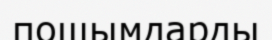
пошымдарды